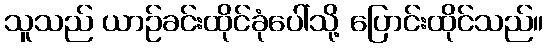
သူသည် ယာဉ်ခင်းထိုင်ခုံပေါ်သို့ ပြောင်းထိုင်သည်။